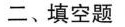
二、填空题